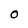
Character: O